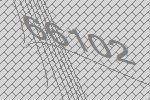
66102